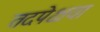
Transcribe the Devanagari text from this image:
तदपेक्षया